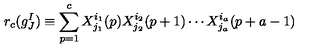
r _ { c } ( g _ { J } ^ { I } ) \equiv \sum _ { p = 1 } ^ { c } X _ { j _ { 1 } } ^ { i _ { 1 } } ( p ) X _ { j _ { 2 } } ^ { i _ { 2 } } ( p + 1 ) \cdots X _ { j _ { a } } ^ { i _ { a } } ( p + a - 1 )